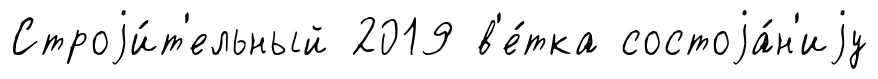
Строjи́т'ельный 2019 в'е́тка состоjа́н'иjу